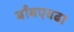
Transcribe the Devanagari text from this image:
बाँबएवढा